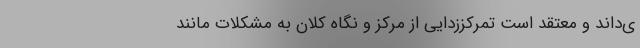
ی‌داند و معتقد است تمرکززدایی از مرکز و نگاه کلان به مشکلات مانند